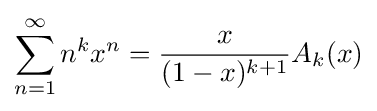
\sum _{n=1}^{\infty }n^{k}x^{n}={\frac {x}{(1-x)^{k+1}}}A_{k}(x)